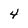
Character: 4